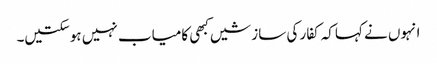
انہوں نے کہاکہ کفار کی سازشیں کبھی کامیاب نہیں ہوسکتیں۔